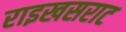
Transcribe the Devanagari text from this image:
राइखसराट